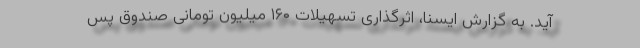
آید. به گزارش ایسنا، اثرگذاری تسهیلات ۱۶۰ میلیون تومانی صندوق پس